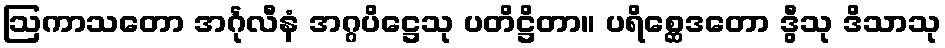
ဩကာသတော အင်္ဂုလီနံ အဂ္ဂပိဋ္ဌေသု ပတိဋ္ဌိတာ။ ပရိစ္ဆေဒတော ဒွီသု ဒိသာသု